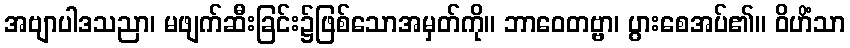
အဗျာပါဒသညာ၊ မဖျက်ဆီးခြင်း၌ဖြစ်သောအမှတ်ကို။ ဘာဝေတဗ္ဗာ၊ ပွားစေအပ်၏။ ဝိဟိံသာ